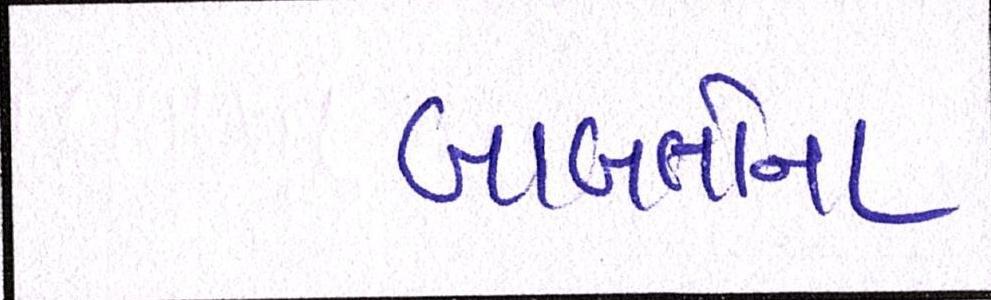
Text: બાબતોના